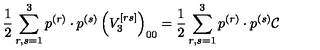
\frac { 1 } { 2 } \sum _ { r , s = 1 } ^ { 3 } p ^ { ( r ) } \cdot p ^ { ( s ) } \left( V _ { 3 } ^ { \left[ r s \right] } \right) _ { 0 0 } = \frac { 1 } { 2 } \sum _ { r , s = 1 } ^ { 3 } p ^ { ( r ) } \cdot p ^ { ( s ) } \mathcal { C }